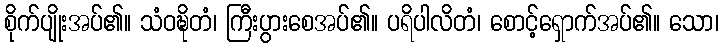
စိုက်ပျိုးအပ်၏။ သံဝဍ္ဎိတံ၊ ကြီးပွားစေအပ်၏။ ပရိပါလိတံ၊ စောင့်ရှောက်အပ်၏။ သော၊